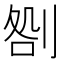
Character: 𠝪